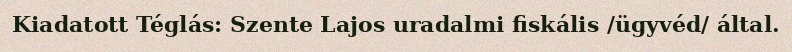
Kiadatott Téglás: Szente Lajos uradalmi fiskális /ügyvéd/ által.